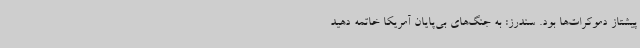
پیشتاز دموکرات‌ها بود. سندرز: به جنگ‌های بی‌پایان آمریکا خاتمه دهید